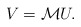
\begin{align*}V=\mathcal{M}U.\end{align*}